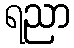
ရညာ